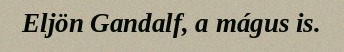
Eljön Gandalf, a mágus is.